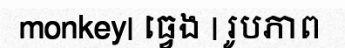
monkey| ធ្វេង | រូបភាព